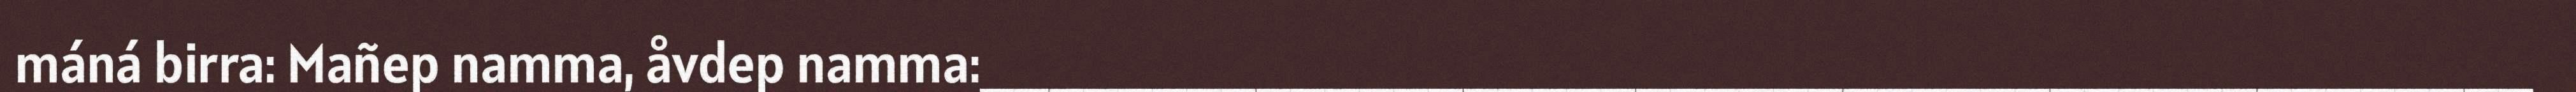
máná birra: Mañep namma, åvdep namma:_____________________________________________